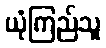
ယုံကြည်သူ